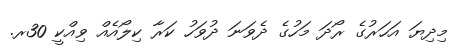
މިދިޔަ އަހަރުގެ ރޯދަ މަހުގެ ދެވަނަ ދުވަހު ކަރާ ކިލޯއެއް ވިއްކީ 30ރ.